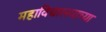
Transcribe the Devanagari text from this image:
महाविद्यालयाच्या